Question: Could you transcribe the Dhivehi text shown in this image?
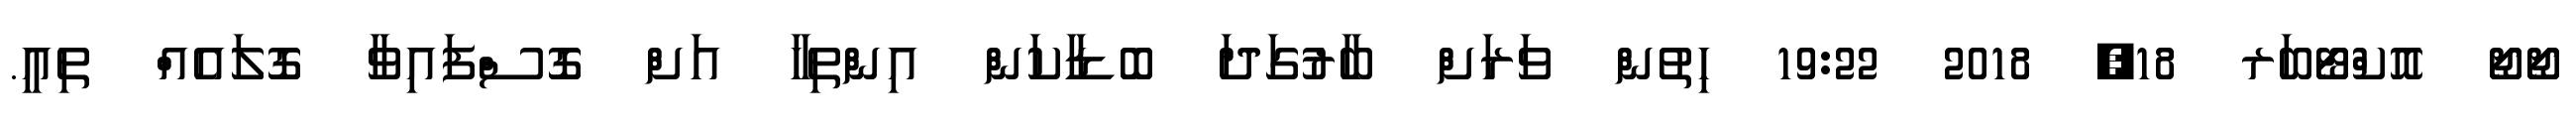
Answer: ޖޯޖޯ އޮކްޓޯބަރ 18, 2018 19:22 ހިތުން ވަރަށް ބާރުގަދަ ބޮޑާކަން އިންތިހާ އަށް ގޮސްފައިވާ ގޮލައެއް ތިއީ.